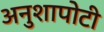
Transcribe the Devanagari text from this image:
अनुशापोटी